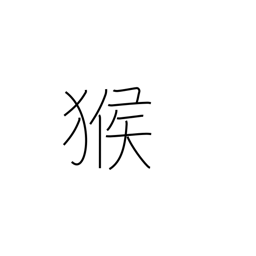
Meaning: monkey